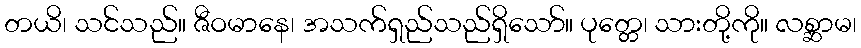
တယိ၊ သင်သည်။ ဇီဝမာနေ၊ အသက်ရှည်သည်ရှိသော်။ ပုတ္တေ၊ သားတို့ကို။ လစ္ဆာမ၊